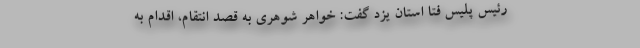
رئیس پلیس فتا استان یزد گفت: خواهر شوهری به قصد انتقام، اقدام به